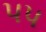
પપ